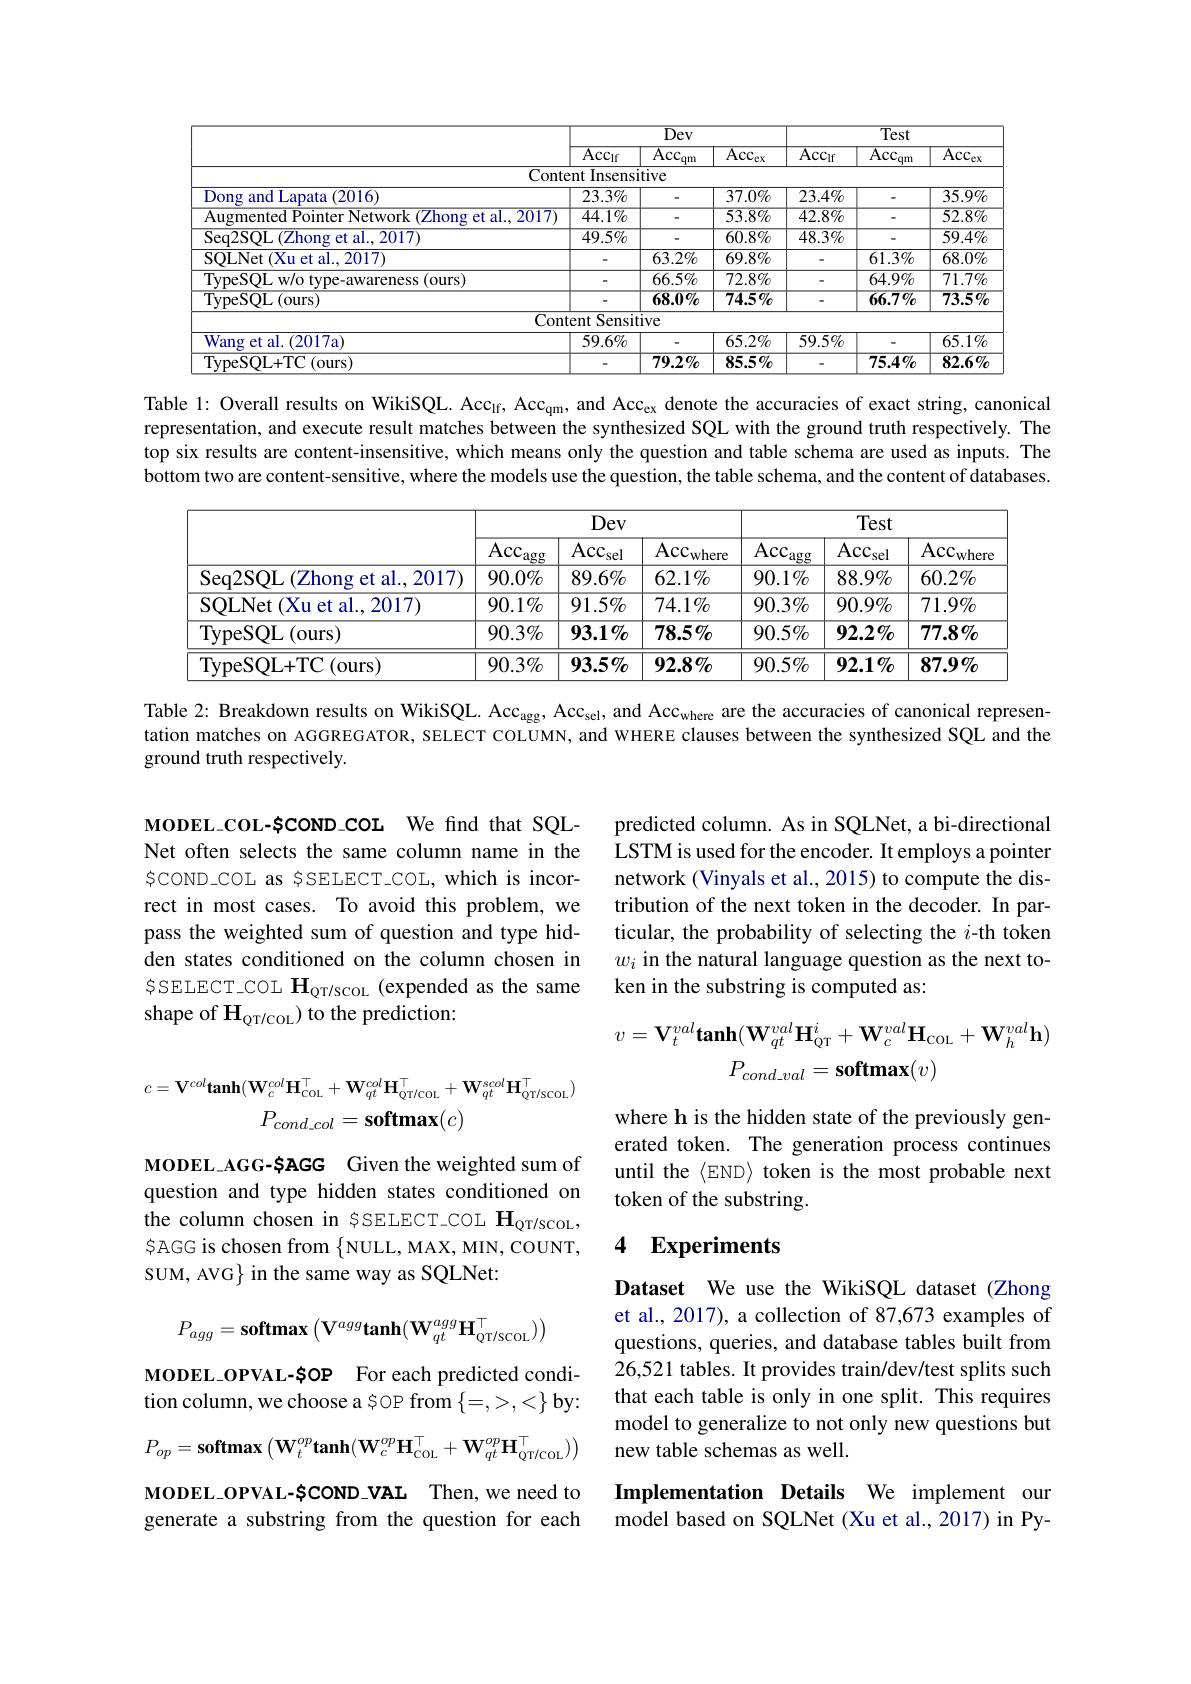
<table>
	<tbody>
		<tr>
			<th> </th>
			<th colspan="3">$\overline{\mathrm{Dev}}$</th>
			<th colspan="3">$\overline{\mathrm{Test}}$</th>
		</tr>
		<tr>
			<th> </th>
			<th>$\overline{\mathrm{Acc}_{\mathrm{If}}}$</th>
			<th>$\overline{\mathrm{Acc}_{\mathrm{qm}}}$</th>
			<th>$\overline{\mathrm{Acc}_{\mathrm{ex}}}$</th>
			<th>$\overline{\mathrm{Acc}_{\mathrm{If}}}$</th>
			<th>$\overline{\mathrm{Acc}_{\mathrm{qm}}}$</th>
			<th>$\overline{\mathrm{Acc}_{\mathrm{ex}}}$</th>
		</tr>
		<tr>
			<td>$Cont\epsilon$</td>
			<td>Insensi $\Xi nt$</td>
			<td>$\overline{\mathrm{itive}}$</td>
			<td> </td>
			<td> </td>
			<td> </td>
			<td> </td>
		</tr>
		<tr>
			<td>(2016) ) on: </td>
			<td>$23.3\%$</td>
			<td> </td>
			<td>$37.0\%$</td>
			<td>$23.4\%$</td>
			<td> </td>
			<td>$35.9\%$</td>
		</tr>
		<tr>
			<td>al.2017</td>
			<td>$44.1\%$</td>
			<td> </td>
			<td>$53.8\%$</td>
			<td>$\overline{42.8\%}$</td>
			<td> </td>
			<td>$\overline{52.8\%}$</td>
		</tr>
		<tr>
			<td>et al.,2017) Sea2SOI</td>
			<td>$49.5\%$</td>
			<td> </td>
			<td>$60.8\%$</td>
			<td>$48.3\%$</td>
			<td> </td>
			<td>$59.4\%$</td>
		</tr>
		<tr>
			<td>SOT.Net (Xu et al.,2017)</td>
			<td> </td>
			<td>$63.2\%$</td>
			<td>$69.8\%$</td>
			<td> </td>
			<td>$61.3\%$</td>
			<td>$68.0\%$</td>
		</tr>
		<tr>
			<td>(ours)</td>
			<td> </td>
			<td>66.5%</td>
			<td>$72.8\%$</td>
			<td> </td>
			<td>$\overline{64.9\%}$</td>
			<td>$\overline{71.7\%}$</td>
		</tr>
		<tr>
			<td>peSQL(ours)</td>
			<td> </td>
			<td>$68.0\%$</td>
			<td>$74.5\%$</td>
			<td> </td>
			<td>$66.7\%$</td>
			<td>$73.5\%$</td>
		</tr>
		<tr>
			<td>Cont</td>
			<td>Sensit tent </td>
			<td>tive</td>
			<td> </td>
			<td> </td>
			<td> </td>
			<td> </td>
		</tr>
		<tr>
			<td>Wang (2017a ret al</td>
			<td>$59.6\%$</td>
			<td> </td>
			<td>$65.2\%$</td>
			<td>$59.5\%$</td>
			<td> </td>
			<td>$65.1\%$</td>
		</tr>
		<tr>
			<td>(ours) +17</td>
			<td> </td>
			<td>$79.2\%$</td>
			<td>$85.5\%$</td>
			<td> </td>
			<td>$\overline{75.4\%}$</td>
			<td>82.6%</td>
		</tr>
	</tbody>
</table>

Table l: Overall results on WikiSQL. Acc$_{1\mathrm{f}}$, Acc$_{\mathrm{qm}}$, and Acc$_\mathrm{ex}$ denote the accuracies of exact string, canonical representation, and execute result matches between the synthesized SQL with the ground truth respectively. The top six results are content-insensitive, which means only the question and table schema are used as inputs. The bottom two are content-sensitive, where the models use the question, the table schema, and the content of databases.

<table>
	<tbody>
		<tr>
			<th> </th>
			<th colspan="3">Dev</th>
			<th colspan="3">Test</th>
		</tr>
		<tr>
			<th> </th>
			<th>$\mathrm{Acc}_{:}$ $\gimel_{\mathrm{agg}}$</th>
			<th>$\mathrm{Acc}_{\mathrm{sel}}$</th>
			<th>$\mathrm{Acc}_{\mathrm{where}}$</th>
			<th>$\overline{\mathrm{Acc}_{\mathrm{agg}}}$</th>
			<th>$\mathrm{Acc}_{\mathrm{sel}}$</th>
			<th>$\mathrm{Acc}_{\mathrm{wher\epsilon}}$</th>
		</tr>
		<tr>
			<td>Seq2SOL (Zhong et al..2017)</td>
			<td>$90.0\%$</td>
			<td>$89.6\%$</td>
			<td>$62.1\%$</td>
			<td>$90.1\%$</td>
			<td>$88.9\%$</td>
			<td>$60.2\%$</td>
		</tr>
		<tr>
			<td>SQLNet (Xu et al., 2017)</td>
			<td>$90.1\%$</td>
			<td>$91.5\%$</td>
			<td>$74.1\%$</td>
			<td>$90.3\%$</td>
			<td>$90.9\%$</td>
			<td>$71.9\%$</td>
		</tr>
		<tr>
			<td>TypeSQL(ours)</td>
			<td>$90.3\%$</td>
			<td>$93.1\%$</td>
			<td>$78.5\%$</td>
			<td>$90.5\%$</td>
			<td>$\mathbf{92.2\%}$</td>
			<td>$77.8\%$</td>
		</tr>
		<tr>
			<td>TypeSOL+ TC ( ours) </td>
			<td>$90.3\%$</td>
			<td>$93.5\%$</td>
			<td>$\mathbf{92.8}\%$</td>
			<td>$90.5\%$</td>
			<td>$\mathbf{92.1}\%$</td>
			<td>$87.9\%$</td>
		</tr>
	</tbody>
</table>

Table 2: Breakdown results on WikiSQL. Acc$_\mathrm{agg}$, Acc$_\mathrm{sel}$, and Acc$_\mathrm{where}$ are the accuracies of canonical representation matches on AGGREGATOR, SELECT COLUMN, and WHERE clauses between the synthesized SQL and the ground truth respectively.

predicted column. As in SQLNet, a bi-directional LSTM is used for the encoder. It employs a pointer network (Vinyals et al., 2015) to compute the distribution of the next token in the decoder. In particular, the probability of selecting the $i$-th token $w_i$ in the natural language question as the next token in the substring is computed as:

MODEL\_COL-SCOND\_COL We find that SQLNet often selects the same column name in the $\xi COND\_COL$ as ȘSELECT-COL, which is incorrect in most cases. To avoid this problem, we pass the weighted sum of question and type hidden states conditioned on the column chosen in $SSELECT\_COL H_{QT/scoL} (expended as the same$ shape of $\mathbf{H}_{\mathrm{QT/COL}})$ to the prediction:
$$v=\mathbf{V}_{t}^{val}\mathbf{tanh}(\mathbf{W}_{qt}^{val}\mathbf{H}_{\mathrm{QT}}^{i}+\mathbf{W}_{c}^{val}\mathbf{H}_{\mathrm{COL}}+\mathbf{W}_{h}^{val}\mathbf{h})\\P_{cond_val}=\mathbf{softmax}(v)$$
$$c=\mathbf{V}^{col}\mathbf{tanh}(\mathbf{W}_{c}^{col}\mathbf{H}_{\mathrm{COL}}^{\top}+\mathbf{W}_{qt}^{col}\mathbf{H}_{\mathrm{QT/COL}}^{\top}+\mathbf{W}_{qt}^{scol}\mathbf{H}_{\mathrm{QT/SCOL}}^{\top})\\P_{cond_col}=\mathbf{softmax}(c)$$
where h is the hidden state of the previously generated token. The generation process continues until the $\langle$END〉token is the most probable next token of the substring.

MODEL\_AGG-SAGG Given the weighted sum of question and type hidden states conditioned on the column chosen in $\xi$SELECT-COL $\mathbf{H}_\mathrm{QT/SCOL}$, $\mathfrak{S}$AGG is chosen from $\{$NULL, MAX, MIN, COUNT, SUM, AVG} in the same way as SQLNet:

### 4 $\mathbf{Experiments}$
$$P_{agg}=\textbf{softmax}\left(\textbf{V}^{agg}\textbf{tanh}(\textbf{W}_{qt}^{agg}\textbf{H}_{\text{QT/scoL}}^{\top})\right)$$
Dataset We use the WikiSQL dataset (Zhong et al., 2017), a collection of 87,673 examples of questions, queries, and database tables built from 26,521 tables. It provides train/dev/test splits such that each table is only in one split. This requires model to generalize to not only new questions but new table schemas as well.

MODEL\_OPVAL-SOP For each predicted condition column, we choose a $0P from $\{=,>,<\}$ by:
$$P_{op}=\textbf{softmax}\left(\textbf{W}_t^{op}\textbf{tanh}(\textbf{W}_c^{op}\textbf{H}_{\text{COL}}^\top+\textbf{W}_{qt}^{op}\textbf{H}_{\text{QT/COL}}^\top)\right)$$
MODEL\_OPVAL-SCOND\_VAL Then,we need to generate a substring from the question for each

Implementation Details We implement our model based on SQLNet (Xu et al., 2017) in Py-